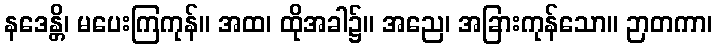
နဒေန္တိ၊ မပေးကြကုန်။ အထ၊ ထိုအခါ၌။ အညေ၊ အခြားကုန်သော။ ဉာတကာ၊